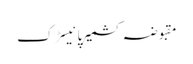
مقبوضہ کشمیرپانیسڑک